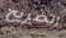
الضريح